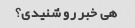
هی خبر رو شنیدی؟